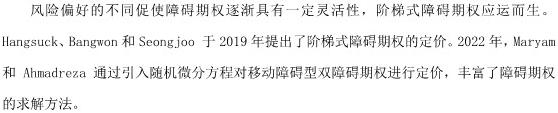
风险偏好的不同促使障碍期权逐渐具有一定灵活性，阶梯式障碍期权应运而生。Hangsuck、Bangwon 和 Seongjoo 于 2019 年提出了阶梯式障碍期权的定价。2022 年，Maryam 和 Ahmadreza 通过引入随机微分方程对移动障碍型双障碍期权进行定价，丰富了障碍期权的求解方法。